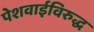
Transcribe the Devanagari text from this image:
पेशवाईविरुद्ध